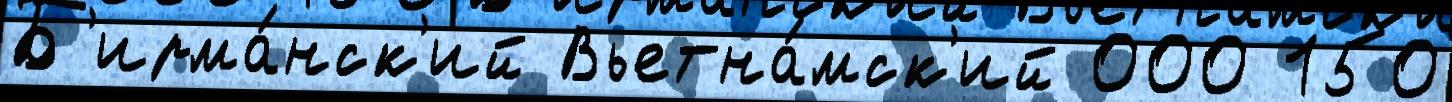
Б'ирма́нск'ий Вьетна́мск'ий 000 150